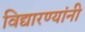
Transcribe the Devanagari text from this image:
विद्यारण्यांनी